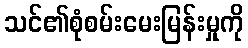
သင်၏စုံစမ်းမေးမြန်းမှုကို